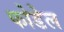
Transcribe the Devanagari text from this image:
फोडेल